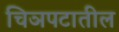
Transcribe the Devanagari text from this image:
चिञपटातील